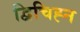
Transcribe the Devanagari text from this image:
द्विचिह्न